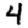
Digit: 4